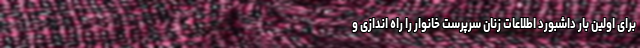
برای اولین بار داشبورد اطلاعات زنان سرپرست خانوار را راه اندازی و